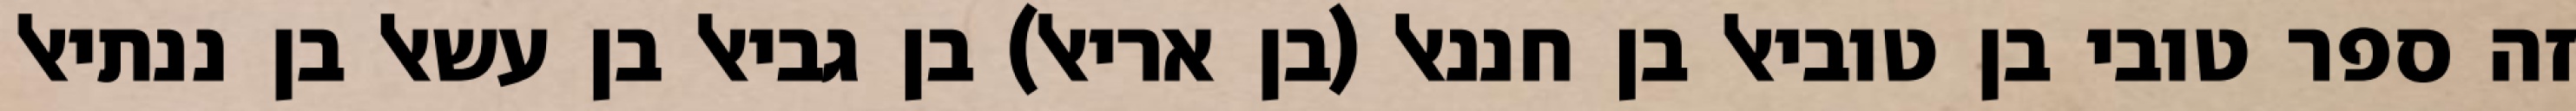
זה ספר טובי בן טוביאל בן חננאל (בן אריאל) בן גביאל בן עשאל בן ננתיאל